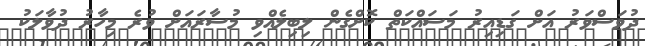
ދުވަސްވަރު އަށް ގަޑިއިރު މަސައްކަތް ކޮށްގެން ލިބިލެއްވި މުސާރައަށް ވުރެ މިހާރު ދުވާލަކު